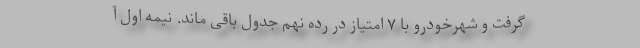
گرفت و شهرخودرو با ۷ امتیاز در رده نهم جدول باقی ماند. نیمه اول آ